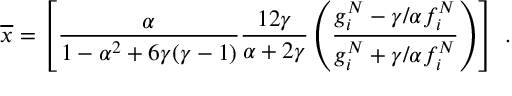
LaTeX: \overline { { { x } } } = \left[ \frac \alpha { 1 - \alpha ^ { 2 } + 6 \gamma ( \gamma - 1 ) } \frac { 1 2 \gamma } { \alpha + 2 \gamma } \left( \frac { g _ { i } ^ { N } - \gamma / \alpha f _ { i } ^ { N } } { g _ { i } ^ { N } + \gamma / \alpha f _ { i } ^ { N } } \right) \right] \ .